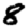
Digit: 8